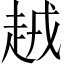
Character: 𧻪